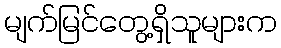
မျက်မြင်တွေ့ရှိသူများက